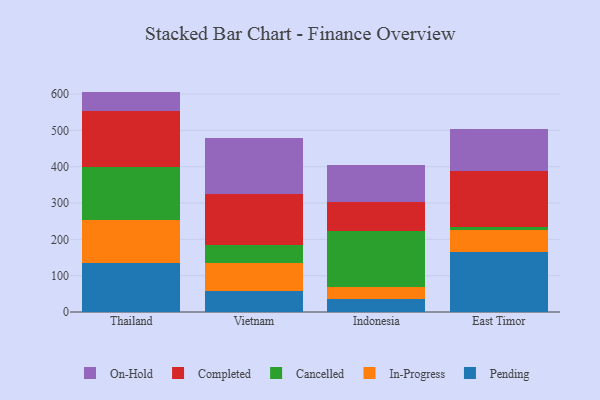
{"axis": {"x": "Country", "y": "Net Income (USD K)"}, "legend": ["Cancelled", "Completed", "In-Progress", "On-Hold", "Pending"], "data": [{"x": "Thailand", "y": 134.5, "type": "Pending"}, {"x": "Thailand", "y": 119.3, "type": "In-Progress"}, {"x": "Thailand", "y": 146.6, "type": "Cancelled"}, {"x": "Thailand", "y": 152.8, "type": "Completed"}, {"x": "Thailand", "y": 53.5, "type": "On-Hold"}, {"x": "Vietnam", "y": 58.4, "type": "Pending"}, {"x": "Vietnam", "y": 77.5, "type": "In-Progress"}, {"x": "Vietnam", "y": 48.0, "type": "Cancelled"}, {"x": "Vietnam", "y": 139.9, "type": "Completed"}, {"x": "Vietnam", "y": 155.3, "type": "On-Hold"}, {"x": "Indonesia", "y": 35.8, "type": "Pending"}, {"x": "Indonesia", "y": 34.2, "type": "In-Progress"}, {"x": "Indonesia", "y": 152.4, "type": "Cancelled"}, {"x": "Indonesia", "y": 81.4, "type": "Completed"}, {"x": "Indonesia", "y": 99.5, "type": "On-Hold"}, {"x": "East Timor", "y": 165.2, "type": "Pending"}, {"x": "East Timor", "y": 61.6, "type": "In-Progress"}, {"x": "East Timor", "y": 7.0, "type": "Cancelled"}, {"x": "East Timor", "y": 155.5, "type": "Completed"}, {"x": "East Timor", "y": 113.1, "type": "On-Hold"}]}